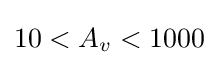
10<A_{v}<1000